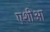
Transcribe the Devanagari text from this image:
एशीआ